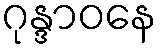
ဂုန္ဒာဝနေ